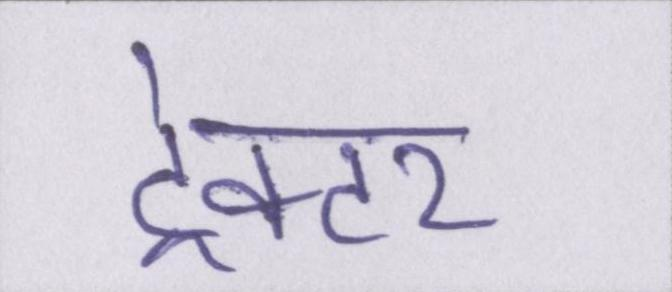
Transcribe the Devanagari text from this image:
ट्रेक्टर